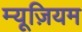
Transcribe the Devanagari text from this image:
म्‍यूज़ियम